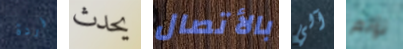
فردة يحدث بالأتصال آلي تؤلم